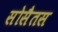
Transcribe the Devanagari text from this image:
सोसैतस